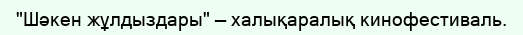
"Шәкен жұлдыздары" — халықаралық кинофестиваль.